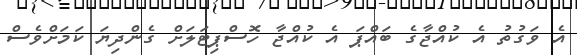
އެ ވަގުތު އެ ކުއްޖާގެ ބައްޕަ އެ ކުއްޖާ ހޮސްޕިޓަލަށް ގެންދިޔަ ކަމަށްވެސް